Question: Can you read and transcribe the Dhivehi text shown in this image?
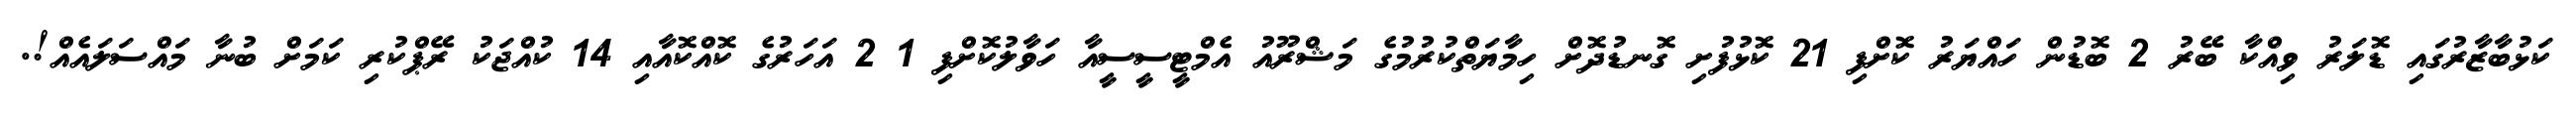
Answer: ކަޅުބާޒާރުގައި ޑޮލަރު ވިއްކާ ބޭރު 2 ބޮޑުން ހައްޔަރު ކޮށްފި 21 ކޮޅުފުށި ގޮނޑުދޮށް ހިމާޔަތްކުރުމުގެ މަޝްރޫއު އެމްޓީސީސީއާ ހަވާލުކޮށްފި 1 2 އަހަރުގެ ކޮއްކޮއާއި 14 ކުއްޖަކު ރޭޕްކުރި ކަމަށް ބުނާ މައްސަލައެއް!.